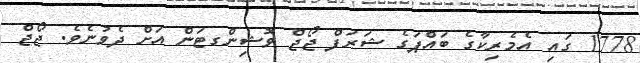
1778 ގައި އެމެރިކާގެ ބައްޕަގެ ޝަރަފް ޖޯޖް ވޮޝިންގޓަން އަށް ދެވުނެވެ. ޖޯޖް